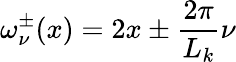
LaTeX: \omega_{\nu}^{\pm}(x)=2x\pm\frac{2\pi}{L_{k}}\nu